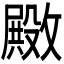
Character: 𫿚